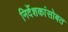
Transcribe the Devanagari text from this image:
निर्देशकांसोबत